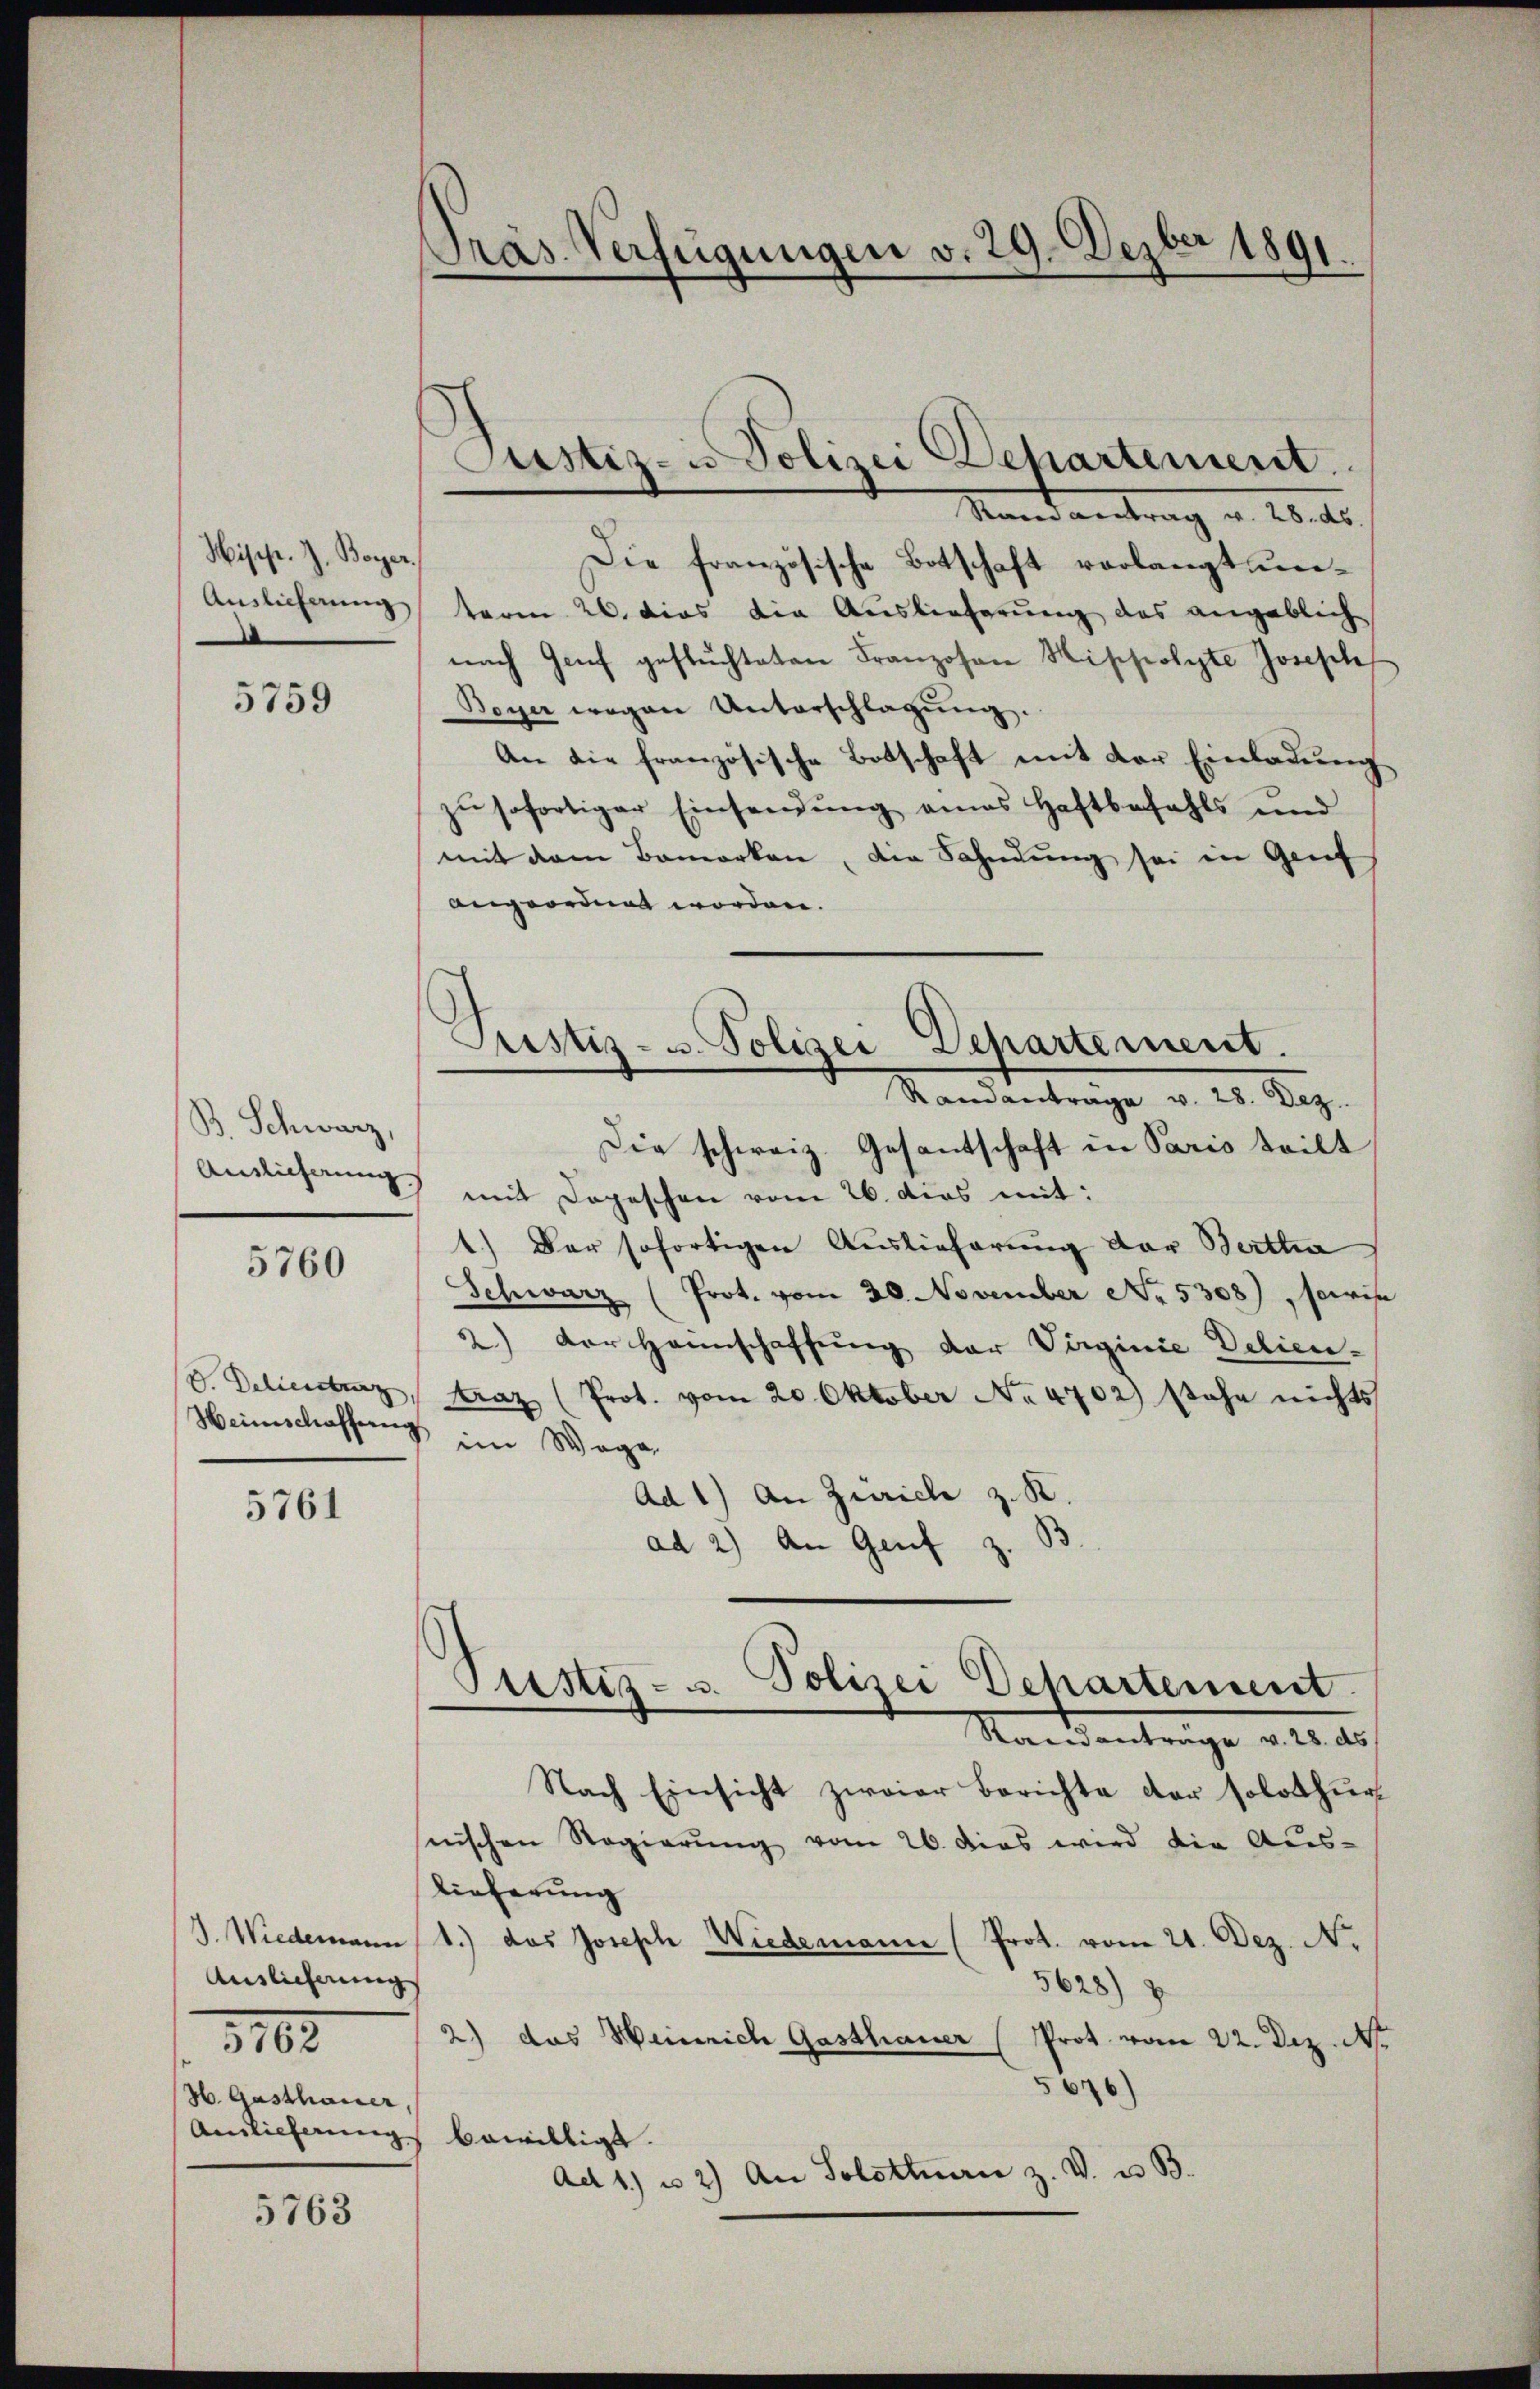
Hisp. J. Boyer
Auslieferung

5759

B. Schwarz,
Anslieferung

5760

V. Deliensturz,
Heimschaffung

5761

Auslicherung
3163
H Gasthauer

5763

Präs. Verfügungen v. 29. Dezber 1891.

Justiz- u Polizei Departement.

Stand antrag a. 20. d.
Die französische Botschaft verlangt untaren 26. dies die Auslieferung des angeblich
nach Genf geflüchteten Franzosen Hischolte Joseph
Peyer wegen Unterschlagŭng.
An die französische Botschaft mit der Einladung
zu sofortiger Einsendung eines Haftbefahls und
mit dem Bemerken, die Sahndŭng sei in Genf
angeordnet worden.
Justiz- u. Polizei Departement.
Randantrage v. 25. Dez.
Die schweiz. Gesantschaft in Paris teilt
mit Depeschen vom 26. dies mit:
1.) Der sofortigen Auslieferung der Bertha
Schwarz (Prot. vom 20. November No. 5308), sowis
2.) Der Heimschaffung der Virginie Delien-
Kraz (Prot. vom 20. Oktober No 4702) stehe nichts
s im Wage
Ad 1) An Zürich z. R.
ad 2) An Genf z.

Mandantrage v. 20. d.
Nach Einsicht zwaier Berichte der solothur
nischen Regierŭng vom 26. das wird die Aŭs-
lieferung
J. Wiedemann 1.) das Joseph Wiedemann (Prot. vom 21. Dez. N.
5628)
2) das Weinrich Gasthauer (Prot. vom 22. Dez. Apr
5676)
Anlieferung bewilligt.
Ad 1) u. 2) An Solothurn z. V. u. B.

Pristes- u. Polizei Dehartement